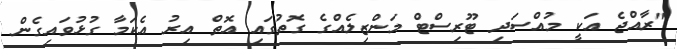
"ރާއްޖެ އަކީ މުއްސަދި ޓޫރިސްޓް މަންޒިލެއްގެ ގޮތުގައި އޮތް އިރު އެކަމާ ގުޅުވައިގެން